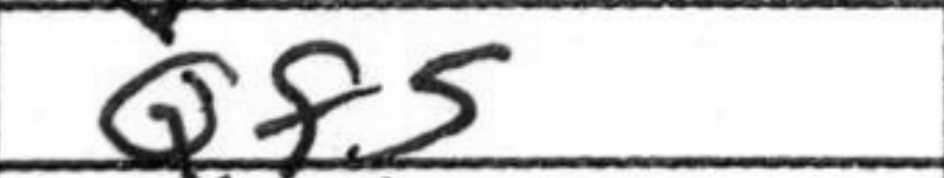
Transcription: Qf5